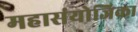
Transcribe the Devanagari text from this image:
महासंयोजिका